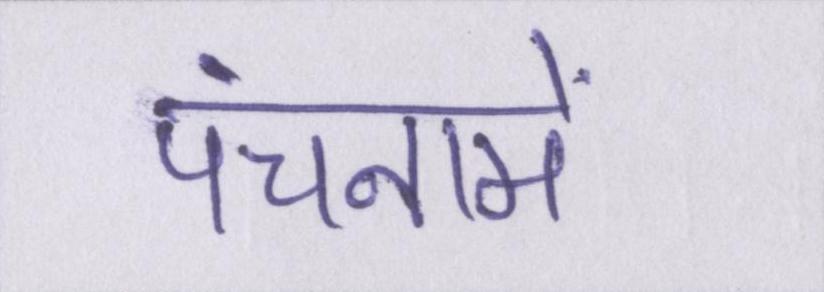
पंचनामें